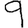
Digit: 9